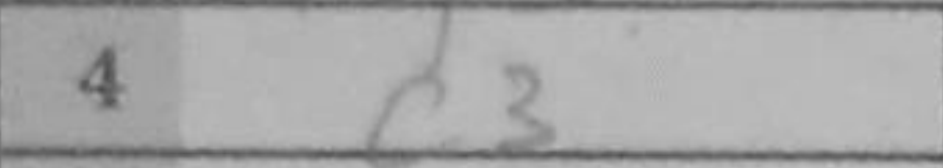
Transcription: c3